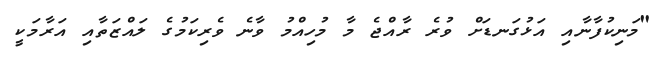
"މަނިކުފާނާއި އަޅުގަނޑަށް ވުރެ ރާއްޖެ މާ މުހިއްމު ވާނެ ވެރިކަމުގެ ލައްޒަތާއި އަރާމަކީ